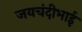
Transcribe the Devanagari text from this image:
जयचंदीभाई